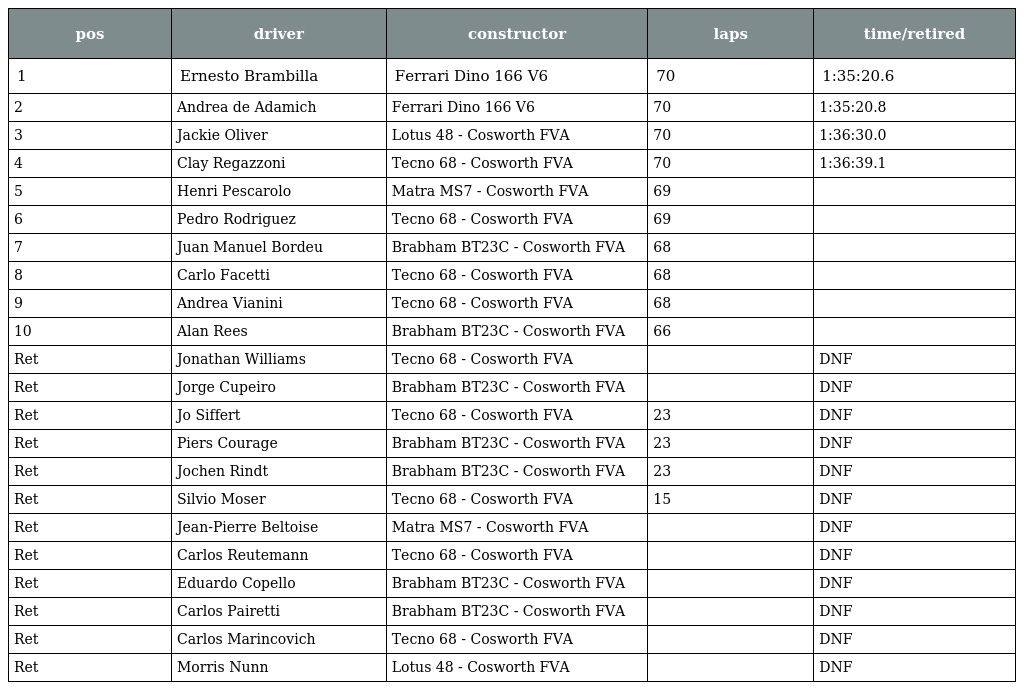
| pos | driver | constructor | laps | time/retired |
 | --- | --- | --- | --- | --- |
 | 1 | Ernesto Brambilla | Ferrari Dino 166 V6 | 70 | 1:35:20.6 |
 | 2 | Andrea de Adamich | Ferrari Dino 166 V6 | 70 | 1:35:20.8 |
 | 3 | Jackie Oliver | Lotus 48 - Cosworth FVA | 70 | 1:36:30.0 |
 | 4 | Clay Regazzoni | Tecno 68 - Cosworth FVA | 70 | 1:36:39.1 |
 | 5 | Henri Pescarolo | Matra MS7 - Cosworth FVA | 69 |  |
 | 6 | Pedro Rodriguez | Tecno 68 - Cosworth FVA | 69 |  |
 | 7 | Juan Manuel Bordeu | Brabham BT23C - Cosworth FVA | 68 |  |
 | 8 | Carlo Facetti | Tecno 68 - Cosworth FVA | 68 |  |
 | 9 | Andrea Vianini | Tecno 68 - Cosworth FVA | 68 |  |
 | 10 | Alan Rees | Brabham BT23C - Cosworth FVA | 66 |  |
 | Ret | Jonathan Williams | Tecno 68 - Cosworth FVA |  | DNF |
 | Ret | Jorge Cupeiro | Brabham BT23C - Cosworth FVA |  | DNF |
 | Ret | Jo Siffert | Tecno 68 - Cosworth FVA | 23 | DNF |
 | Ret | Piers Courage | Brabham BT23C - Cosworth FVA | 23 | DNF |
 | Ret | Jochen Rindt | Brabham BT23C - Cosworth FVA | 23 | DNF |
 | Ret | Silvio Moser | Tecno 68 - Cosworth FVA | 15 | DNF |
 | Ret | Jean-Pierre Beltoise | Matra MS7 - Cosworth FVA |  | DNF |
 | Ret | Carlos Reutemann | Tecno 68 - Cosworth FVA |  | DNF |
 | Ret | Eduardo Copello | Brabham BT23C - Cosworth FVA |  | DNF |
 | Ret | Carlos Pairetti | Brabham BT23C - Cosworth FVA |  | DNF |
 | Ret | Carlos Marincovich | Tecno 68 - Cosworth FVA |  | DNF |
 | Ret | Morris Nunn | Lotus 48 - Cosworth FVA |  | DNF |